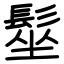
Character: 髽